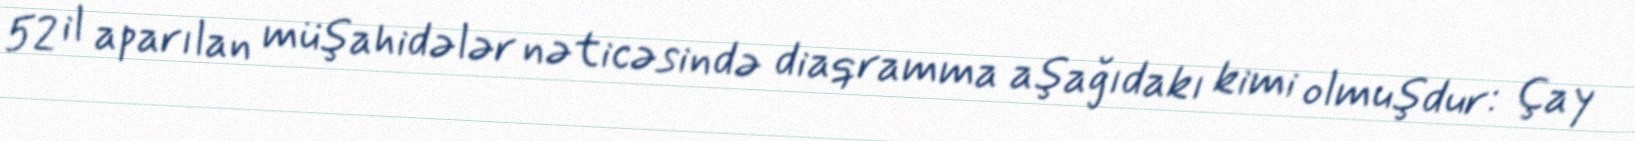
52 il aparılan müşahidələr nəticəsində diaqramma aşağıdakı kimi olmuşdur: Çay